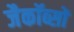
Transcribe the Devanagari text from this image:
जैकॉब्सों